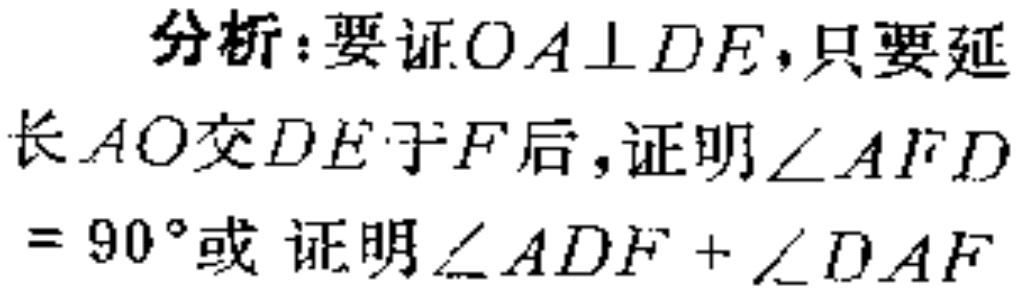
分析：要证$OA\perp DE$，只要延长$AO$交$DE$于$F$后，证明$\angle AFD$ = $90^{\circ}$或 证明$\angle ADF+\angle DAF$